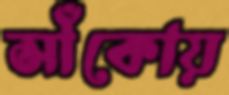
সাঁকোয়